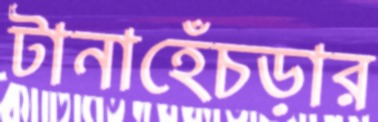
টানাহেঁচড়ার